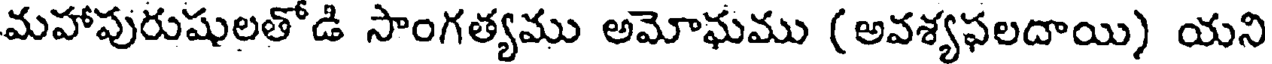
మహాపురుషులతోడి సాంగత్యము అమోఘము (అవశ్యఫలదాయి) యని